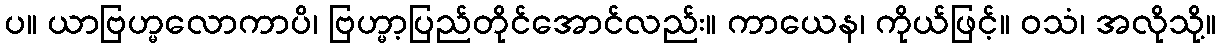
ပ။ ယာဗြဟ္မလောကာပိ၊ ဗြဟ္မာ့ပြည်တိုင်အောင်လည်း။ ကာယေန၊ ကိုယ်ဖြင့်။ ဝသံ၊ အလိုသို့။